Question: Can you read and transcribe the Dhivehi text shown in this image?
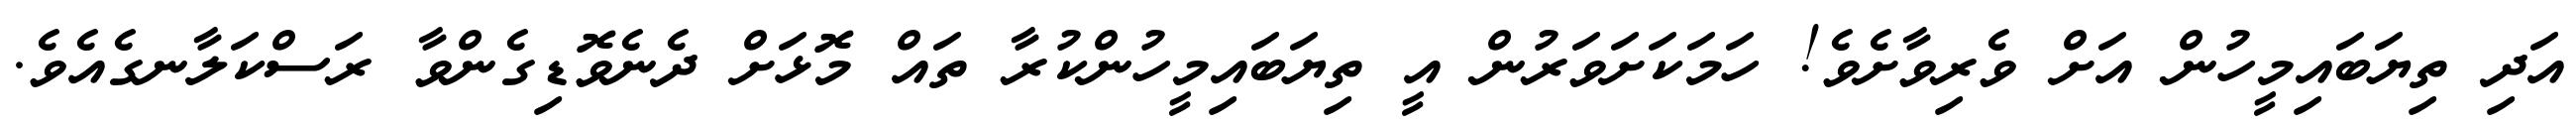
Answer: އަދި ތިޔަބައިމީހުން އަށް ވެރިވާށެވެ! ހަމަކަށަވަރުން އީ ތިޔަބައިމީހުންކުރާ ތައް މޮޅަށް ދެނެވޮޑިގެންވާ ރަސްކަލާނގެއެވެ.